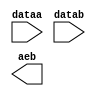
// megafunction wizard: %LPM_COMPARE%VBB%
// GENERATION: STANDARD
// VERSION: WM1.0
// MODULE: LPM_COMPARE 

// ============================================================
// Megafunction Name(s):
// 			LPM_COMPARE
//
// Simulation Library Files(s):
// 			lpm
// ============================================================
// ************************************************************
// THIS IS A WIZARD-GENERATED FILE. DO NOT EDIT THIS FILE!
//
// 13.1.0 Build 162 10/23/2013 SJ Full Version
// ************************************************************

//Copyright (C) 1991-2013 Altera Corporation
//Your use of Altera Corporation's design tools, logic functions 
//and other software and tools, and its AMPP partner logic 
//functions, and any output files from any of the foregoing 
//(including device programming or simulation files), and any 
//associated documentation or information are expressly subject 
//to the terms and conditions of the Altera Program License 
//Subscription Agreement, Altera MegaCore Function License 
//Agreement, or other applicable license agreement, including, 
//without limitation, that your use is for the sole purpose of 
//programming logic devices manufactured by Altera and sold by 
//Altera or its authorized distributors.  Please refer to the 
//applicable agreement for further details.

module comp_tv (
	dataa,
	datab,
	aeb);

	input	[9:0]  dataa;
	input	[9:0]  datab;
	output	  aeb;

endmodule

// ============================================================
// CNX file retrieval info
// ============================================================
// Retrieval info: PRIVATE: AeqB NUMERIC "1"
// Retrieval info: PRIVATE: AgeB NUMERIC "0"
// Retrieval info: PRIVATE: AgtB NUMERIC "0"
// Retrieval info: PRIVATE: AleB NUMERIC "0"
// Retrieval info: PRIVATE: AltB NUMERIC "0"
// Retrieval info: PRIVATE: AneB NUMERIC "0"
// Retrieval info: PRIVATE: INTENDED_DEVICE_FAMILY STRING "Cyclone V"
// Retrieval info: PRIVATE: LPM_PIPELINE NUMERIC "0"
// Retrieval info: PRIVATE: Latency NUMERIC "0"
// Retrieval info: PRIVATE: PortBValue NUMERIC "0"
// Retrieval info: PRIVATE: Radix NUMERIC "10"
// Retrieval info: PRIVATE: SYNTH_WRAPPER_GEN_POSTFIX STRING "0"
// Retrieval info: PRIVATE: SignedCompare NUMERIC "0"
// Retrieval info: PRIVATE: aclr NUMERIC "0"
// Retrieval info: PRIVATE: clken NUMERIC "0"
// Retrieval info: PRIVATE: isPortBConstant NUMERIC "0"
// Retrieval info: PRIVATE: nBit NUMERIC "10"
// Retrieval info: PRIVATE: new_diagram STRING "1"
// Retrieval info: LIBRARY: lpm lpm.lpm_components.all
// Retrieval info: CONSTANT: LPM_REPRESENTATION STRING "UNSIGNED"
// Retrieval info: CONSTANT: LPM_TYPE STRING "LPM_COMPARE"
// Retrieval info: CONSTANT: LPM_WIDTH NUMERIC "10"
// Retrieval info: USED_PORT: aeb 0 0 0 0 OUTPUT NODEFVAL "aeb"
// Retrieval info: USED_PORT: dataa 0 0 10 0 INPUT NODEFVAL "dataa[9..0]"
// Retrieval info: USED_PORT: datab 0 0 10 0 INPUT NODEFVAL "datab[9..0]"
// Retrieval info: CONNECT: @dataa 0 0 10 0 dataa 0 0 10 0
// Retrieval info: CONNECT: @datab 0 0 10 0 datab 0 0 10 0
// Retrieval info: CONNECT: aeb 0 0 0 0 @aeb 0 0 0 0
// Retrieval info: GEN_FILE: TYPE_NORMAL comp_tv.v TRUE
// Retrieval info: GEN_FILE: TYPE_NORMAL comp_tv.inc FALSE
// Retrieval info: GEN_FILE: TYPE_NORMAL comp_tv.cmp FALSE
// Retrieval info: GEN_FILE: TYPE_NORMAL comp_tv.bsf TRUE
// Retrieval info: GEN_FILE: TYPE_NORMAL comp_tv_inst.v FALSE
// Retrieval info: GEN_FILE: TYPE_NORMAL comp_tv_bb.v TRUE
// Retrieval info: LIB_FILE: lpm